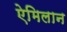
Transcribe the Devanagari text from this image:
ऐमिलान